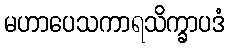
မဟာပေသကာရသိက္ခာပဒံ